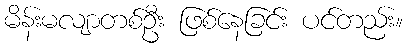
မိန်းမလျာတစ်ဦး ဖြစ်နေခြင်း ပင်တည်း။